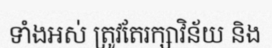
ទាំងអស់ ត្រូវតែរក្សាវិន័យ និង